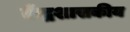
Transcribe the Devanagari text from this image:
केंद्रशासकीय